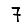
Digit: 7